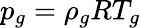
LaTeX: p_{g}=\rho_{g}RT_{g}